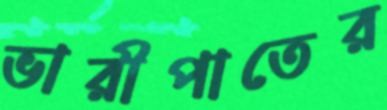
ভারীপাতের